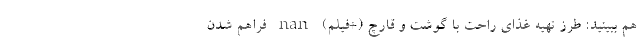
هم ببینید: طرز تهیه غذای راحت با گوشت و قارچ (+فیلم) nan فراهم شدن